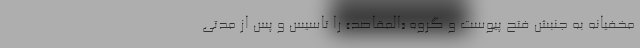
مخفیانه به جنبش فتح پیوست و گروه «المقاصد» را تأسیس و پس از مدتی